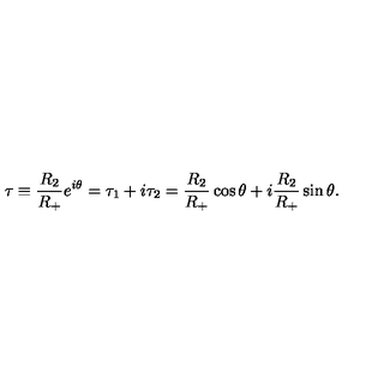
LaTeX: \tau \equiv \frac { R _ { 2 } } { R _ { + } } e ^ { i \theta } = \tau _ { 1 } + i \tau _ { 2 } = \frac { R _ { 2 } } { R _ { + } } \cos \theta + i \frac { R _ { 2 } } { R _ { + } } \sin \theta .